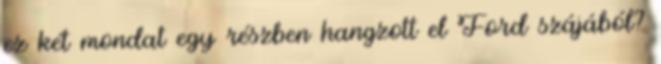
ez két mondat egy részben hangzott el Ford szájából?